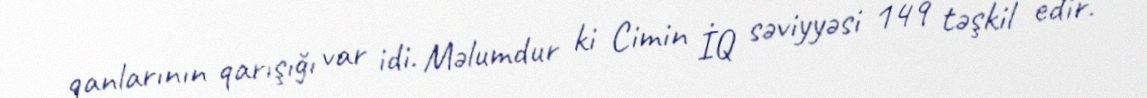
qanlarının qarışığı var idi. Məlumdur ki Cimin İQ səviyyəsi 149 təşkil edir.